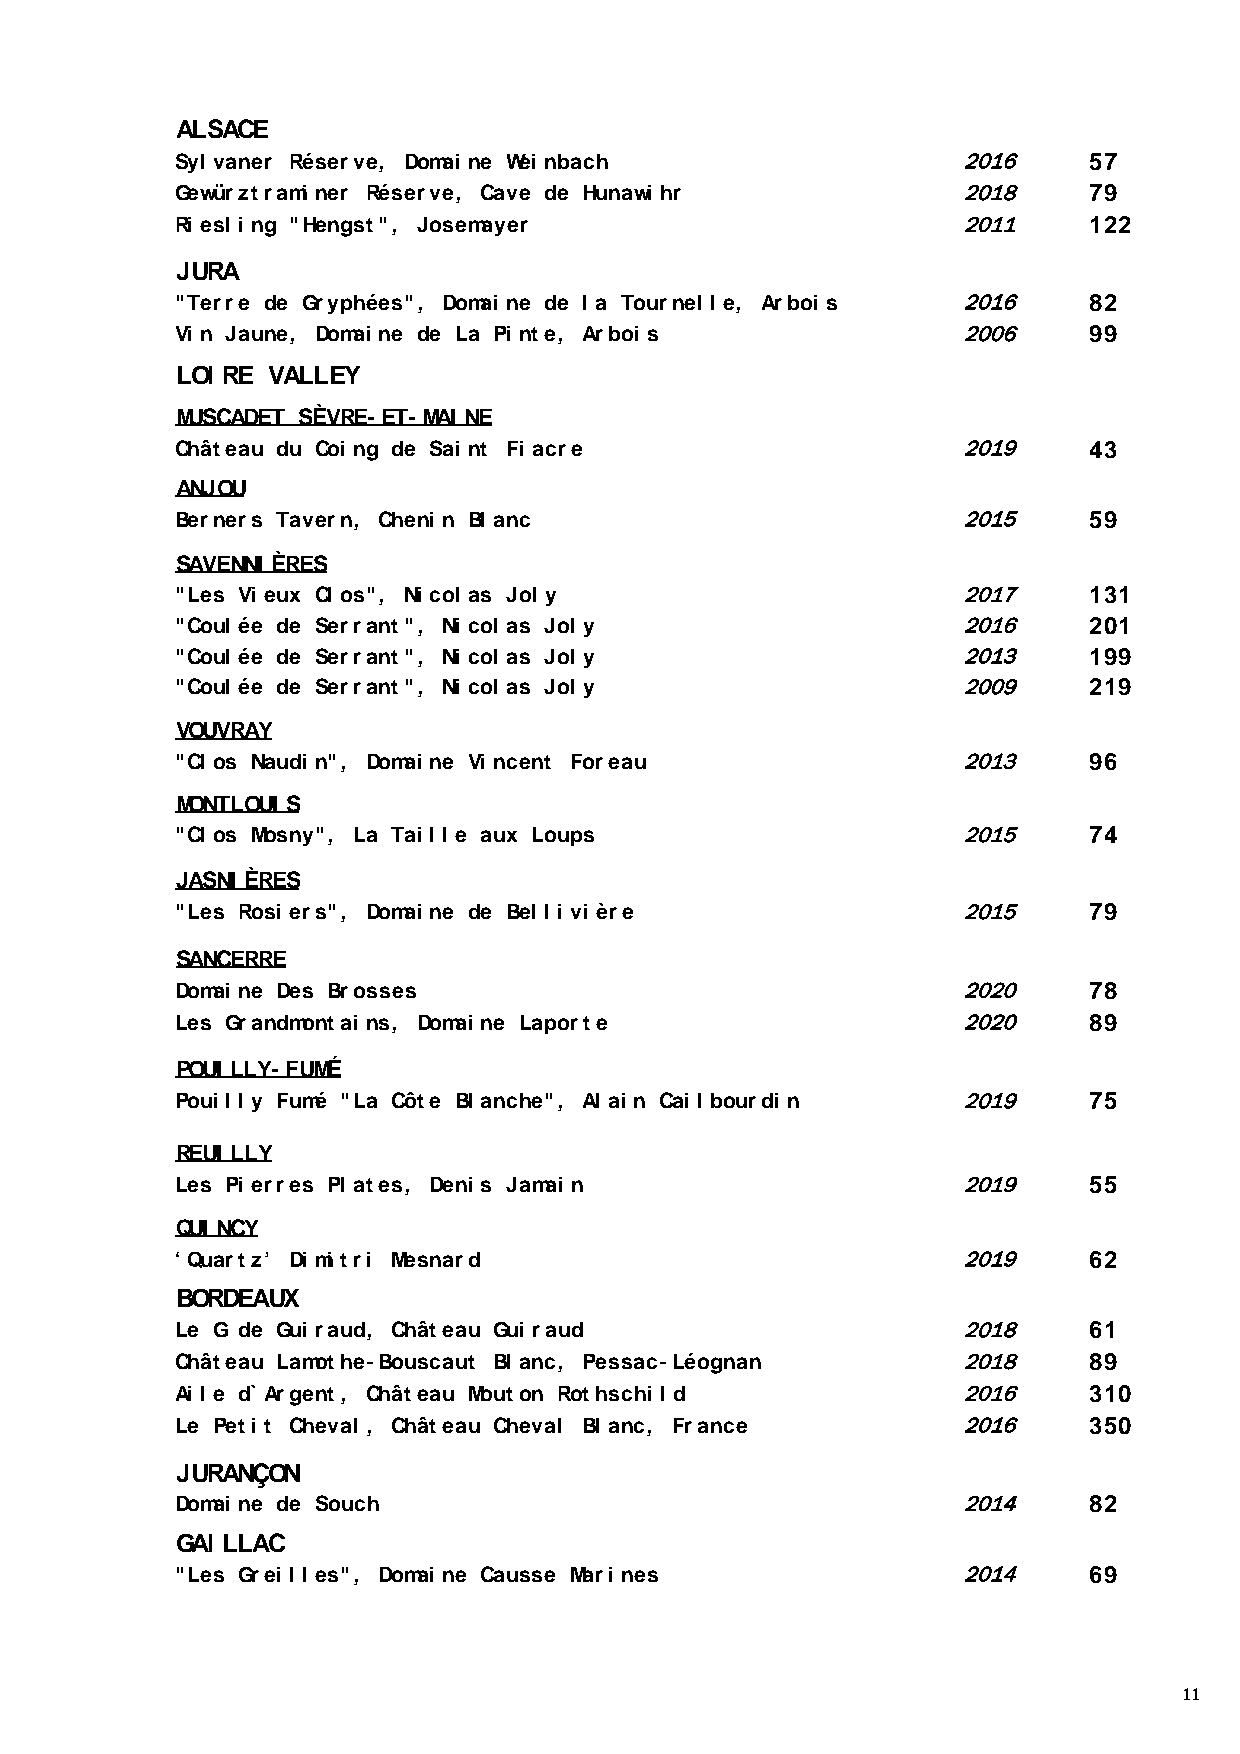
ALSACE
 Syl vaner Réserve, Domai ne Wei nbach               2016     57
 Gewürztrami ner Réserve, Cave de Hunawi hr          2018     79
 Ri esl i ng "Hengst", Josemayer                     2011     122
 JURA
 "Terre de Gryphées", Domai ne de l a Tournel l e, Arboi s 2016 82
 Vi n Jaune, Domai ne de La Pi nte, Arboi s          2006     99
 LOI RE VALLEY
 MUSCADET SÈVRE-ET-MAI NE
 Château du Coi ng de Sai nt Fi acre                 2019     43
 ANJOU
 Berners Tavern, Cheni n Bl anc                      2015     59
 SAVENNI ÈRES
 "Les Vi eux Cl os", Ni col as Jol y                 2017     131
 "Coul ée de Serrant", Ni col as Jol y               2016     201
 "Coul ée de Serrant", Ni col as Jol y               2013     199
 "Coul ée de Serrant", Ni col as Jol y               2009     219
 VOUVRAY
 "Cl os Naudi n", Domai ne Vi ncent Foreau           2013     96
 MONTLOUI S
 "Cl os Mosny", La Tai l l e aux Loups               2015     74
 JASNI ÈRES
 "Les Rosi ers", Domai ne de Bel l i vi ère          2015     79
 SANCERRE
 Domai ne Des Brosses                                2020     78
 Les Grandmontai ns, Domai ne Laporte                2020     89
 POUI LLY-FUMÉ
 Poui l l y Fumé "La Côte Bl anche", Al ai n Cai l bourdi n 2019 75
 REUI LLY
 Les Pi erres Pl ates, Deni s Jamai n                2019     55
 QUI NCY
 ‘ Quartz’ Di mi tri Mesnard                         2019     62
 BORDEAUX
 Le G de Gui raud, Château Gui raud                  2018     61
 Château Lamothe-Bouscaut Bl anc, Pessac-Léognan     2018     89
 Ai l e d`Argent, Château Mouton Rothschi l d        2016     310
 Le Peti t Cheval , Château Cheval Bl anc, France    2016     350
 JURANÇON
 Domai ne de Souch                                   2014     82
 GAI LLAC
 "Les Grei l l es", Domai ne Causse Mari nes         2014     69
 11